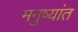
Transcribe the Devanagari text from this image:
मनुष्यांत